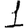
Digit: 1